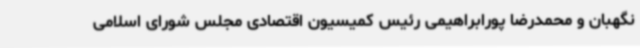
نگهبان و محمدرضا پورابراهیمی رئیس کمیسیون اقتصادی مجلس شورای اسلامی